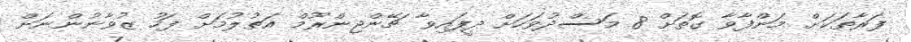
ފަރާތަކަށް މަންފާވާ ގޮތަށް 8 މަސްދުވަހަށް ދީފައިވާ ޗޭންޖިންރޫމް އަތުލުމަށް ފަހު ޒުވާނުންނަށް